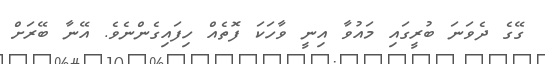
ގޭގެ ދެވަނަ ބުރީގައި މައުވާ އިނީ ވާހަކަ ފޮތެއް ހިފައިގެންނެވެ. އޭނާ ބޭރަށް